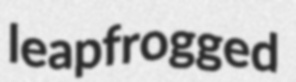
leapfrogged